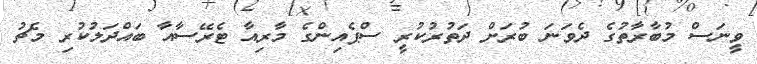
ވީނަސް މުބާރާތުގެ ދެވަނަ ބުރަށް ދަތުރުކުރީ ސްޕެއިންގެ މާރިއާ ޓެރޭސާއާ ބައްދަލުކުރި މެޗު